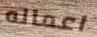
اعماله